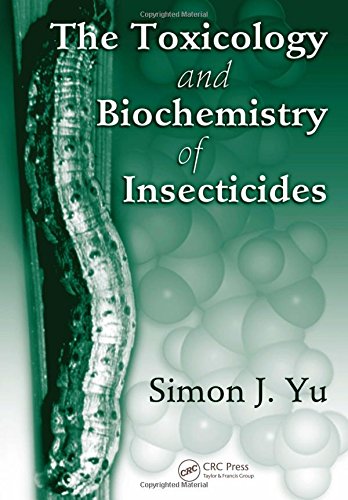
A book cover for The Toxicology and Biochemistry of Insecticides; Simon J. Yu; Science & Math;